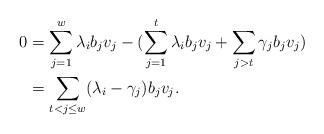
LaTeX: \begin{align*}0&=\sum_{j=1}^w\lambda_ib_jv_j-(\sum_{j=1}^t\lambda_ib_jv_j+\sum_{j>t}\gamma_jb_jv_j)\\&=\sum_{t<j\leq w}(\lambda_i-\gamma_j)b_jv_j.\end{align*}